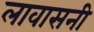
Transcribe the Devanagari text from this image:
लावासनी